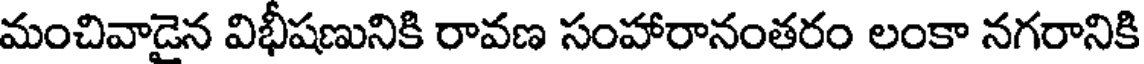
మంచివాడైన విభీషణునికి రావణ సంహారానంతరం లంకా నగరానికి